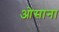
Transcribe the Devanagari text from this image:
ओसाना